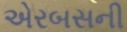
એરબસની